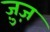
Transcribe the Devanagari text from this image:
ज़ुज़